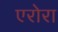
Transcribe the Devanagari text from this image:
एरोरा